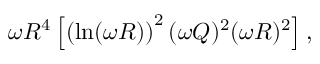
\omega R ^ { 4 } \left[ \left( \ln ( \omega R ) \right) ^ { 2 } ( \omega Q ) ^ { 2 } ( \omega R ) ^ { 2 } \right] ,